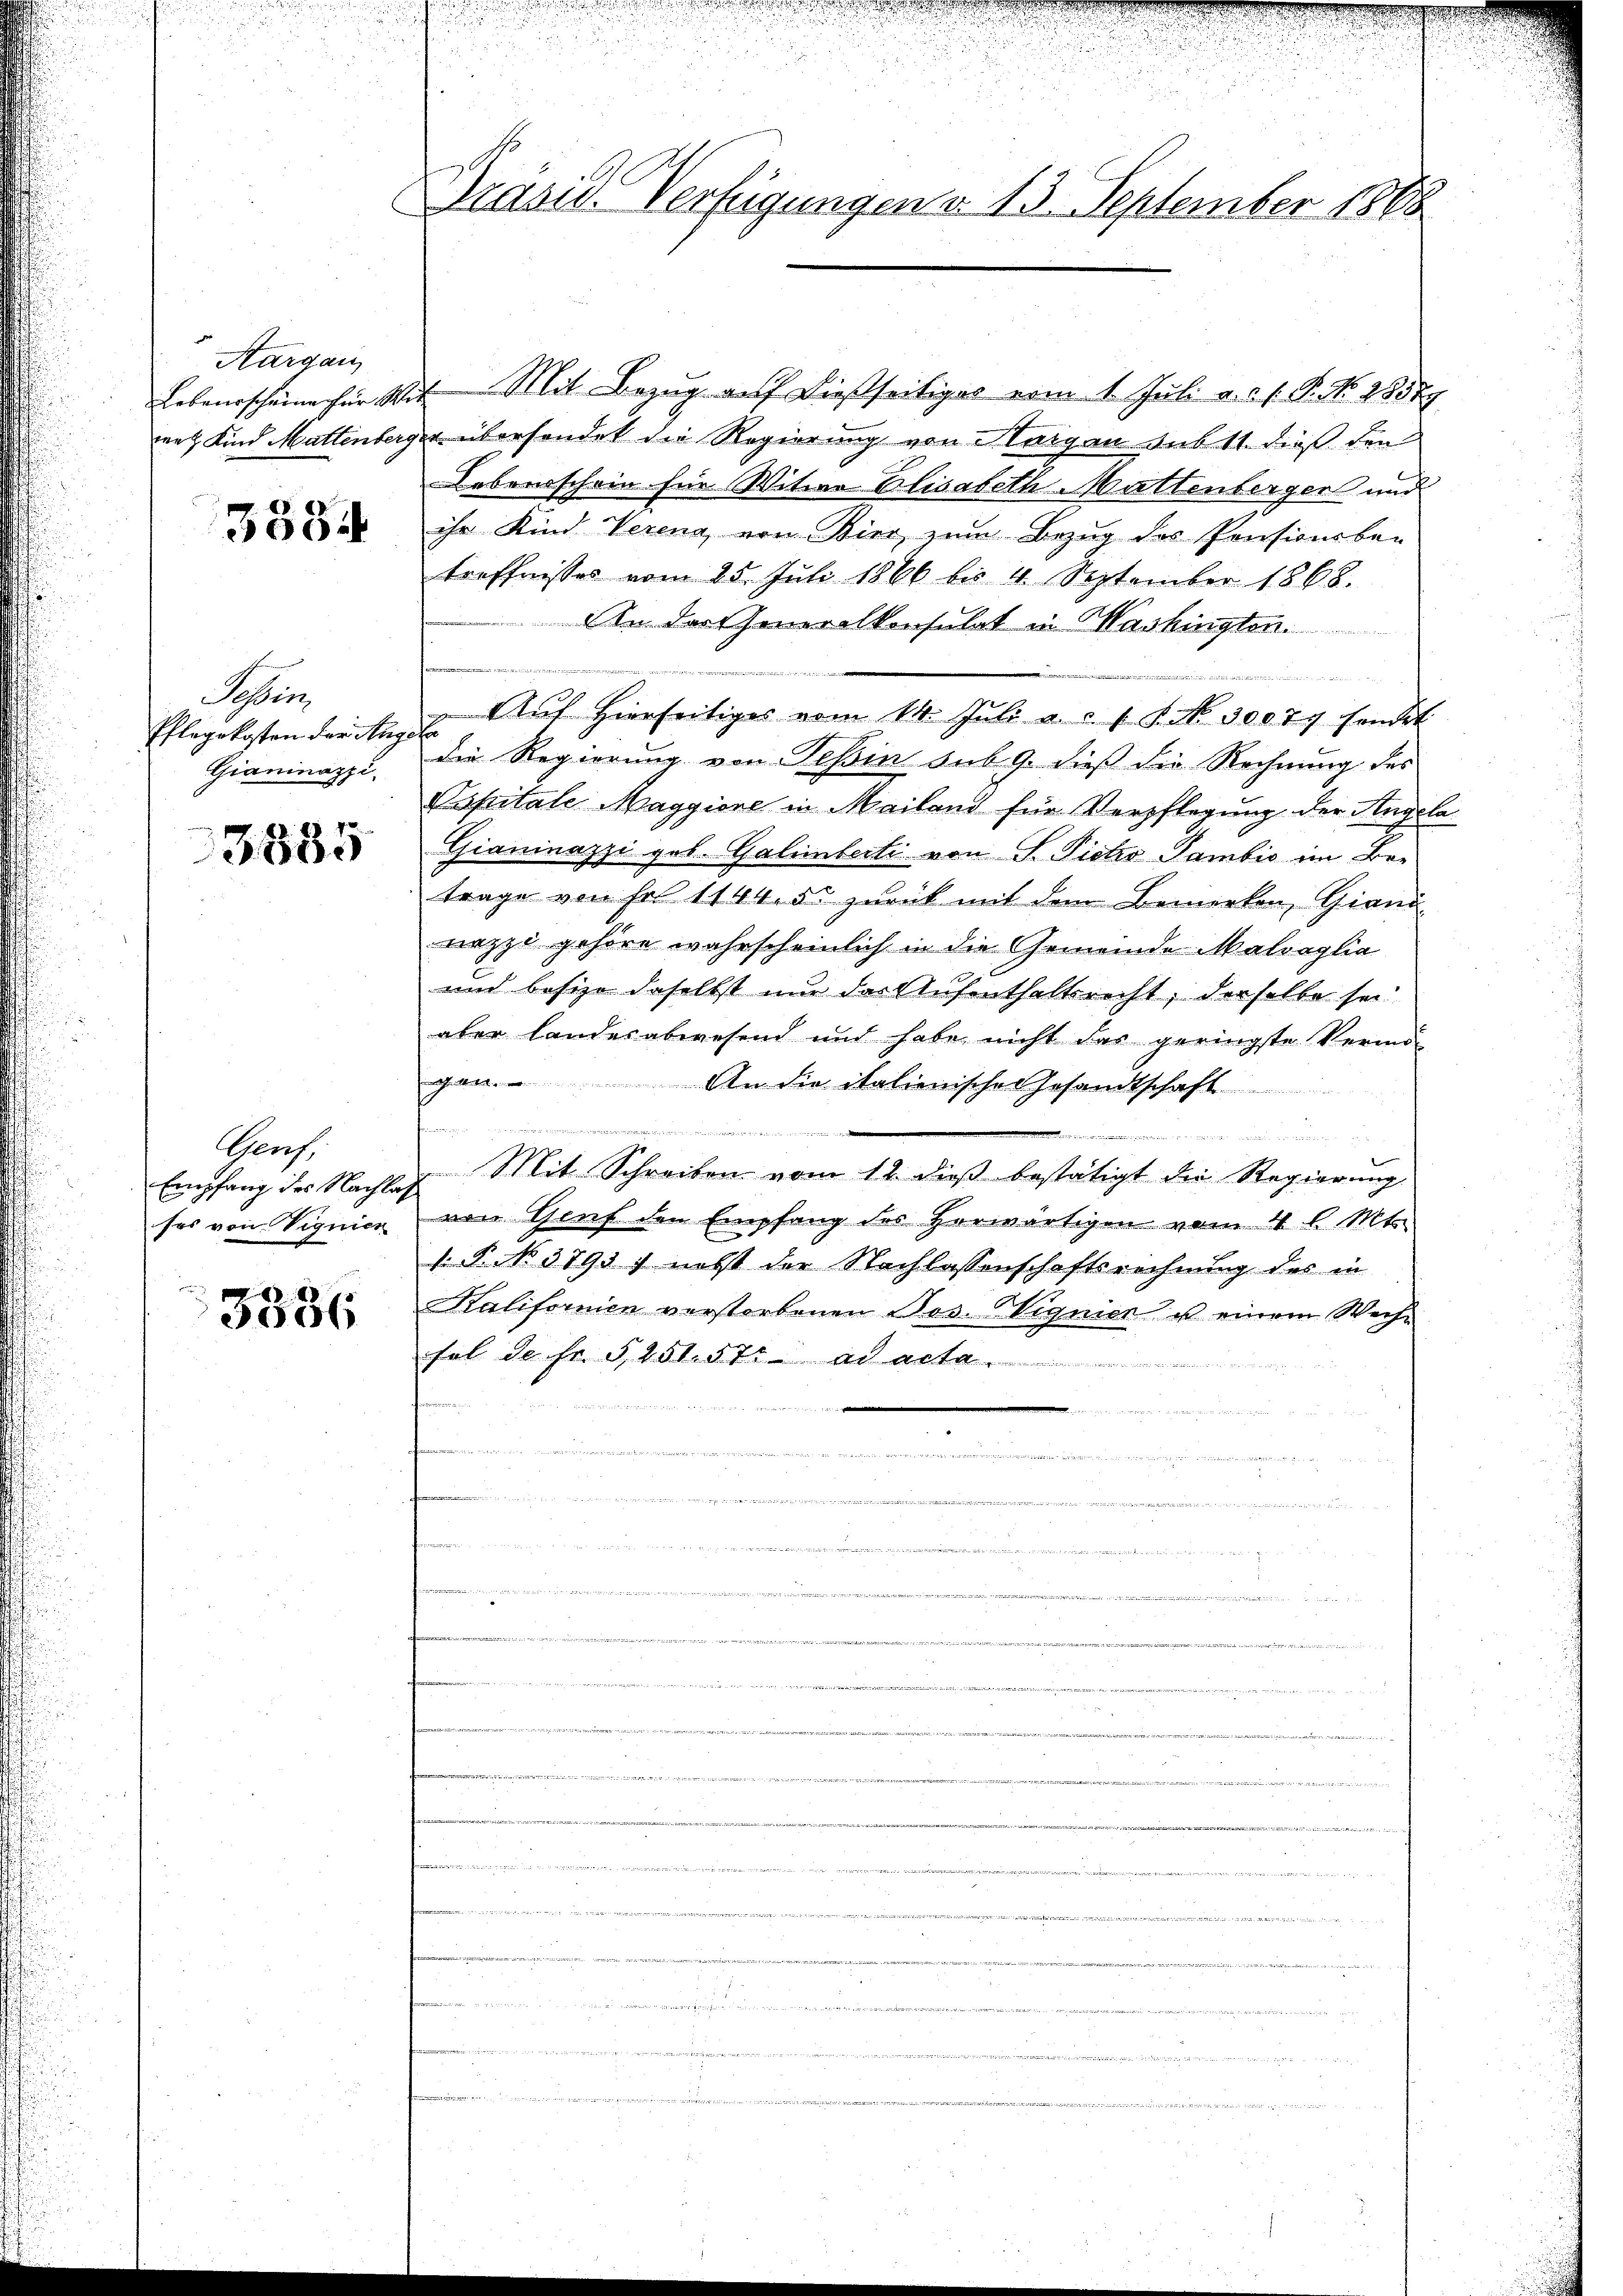
Aargau
Lebensscheine für S
ne Kind Mattenber

3334

en
Pflegekosten der Aug
Gianinazzi,

3585

Gerf.
Empfang des Nachlases von Vignier

3336

Präsid. Verfügungen d. 13. September 1868

2t Mit Bezug auf dießseitiges vom 1. Juli a.c. s. P. No. 18577
zer übersendet die Regierung von Margau sub 11. dieß den
Lebensschein für Witwe Elisabeth Mattenberger und
ihr Kind Vereng, von Bier zum Bezug des Pensiverben
treffnisses vom 25. Juli 1866 bis 4 September 1868.
An der Generalkonsulat in Washingten.

 Aŭf hierseitiges vom 14. Juli a. .. .. P. No. 30079 sandt
die Regierung von Tessin sub 9. dieß die Rechnung des
Spitale Maggiore in Mailand für Verpflegung der Angela
Gianinazzi geb. Galienbecki von S. Pietro Tambis im Betrage von Fr. 1144. 55 zurück mit dem Bemerken, Giani
nezzi gehöre wahrscheinlich in die Gemeinde Matraglia
und besize daselbst nur das Aufenthaltsrecht, derselbe sei
aber landesabwesend und habe nicht das geringste Vermö-
gen. An die italienische Gesandtschaft

wesen u. zu werden seinemann nun gemeinen er
 Mit Schreiben vom 12. dieβ bestätigt die Regierŭng
von Genf den Empfang des Herwärtigen vom 4 l. Mt
B NNo. 3793 ; nebst der Nachlassenschaftsrechnung des in
Kalifornien verstorbenen Bos. Signier u einem Weihe
fal de Fr. 251. 57 an alte
e
n
iis er erst der mit der einer den
n
  wenn den machen ist u. verwenden werdente

u
7
   . . . . . .

e